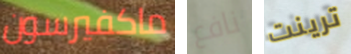
ماكفيرسون نافع ترينت